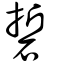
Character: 硩